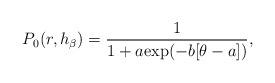
LaTeX: \begin{align*}P_{0}(r, h_\beta) = \frac{1}{1 + a {\rm{exp}}(-b[\theta-a])},\end{align*}